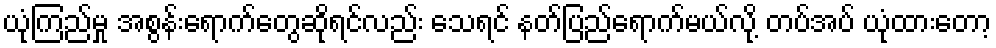
ယုံကြည်မှု အစွန်းရောက်တွေဆိုရင်လည်း သေရင် နတ်ပြည်ရောက်မယ်လို့ တပ်အပ် ယုံထားတော့